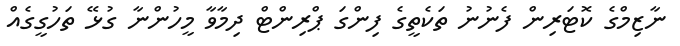
ނާޒިމްގެ ކޮޓަރިން ފެނުނު ތަކެތީގެ ފިންގަ ޕްރިންޓް ދިމާވާ މީހުންނާ ގުޅޭ ތަހުގީގެއް